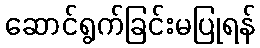
ဆောင်ရွက်ခြင်းမပြုရန်